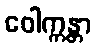
ဝေါက္ကန္တာ